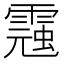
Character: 𩃾